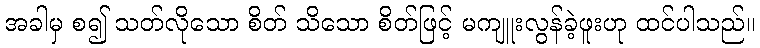
အခါမှ စ၍ သတ်လိုသော စိတ် သိသော စိတ်ဖြင့် မကျူးလွန်ခဲ့ဖူးဟု ထင်ပါသည်။